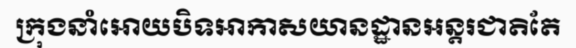
ក្រុងនាំអោយបិទអាកាសយានដ្ឋានអន្តរជាតិតែ